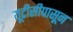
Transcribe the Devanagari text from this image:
यूटीसीपासून